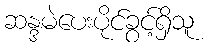
ဆန္ဒမဲပေးပိုင်ခွင့်ရှိသူ